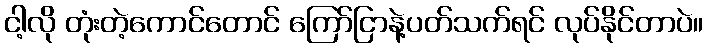
ငါ့လို တုံးတဲ့ကောင်တောင် ကြော်ငြာနဲ့ပတ်သက်ရင် လုပ်နိုင်တာပဲ။